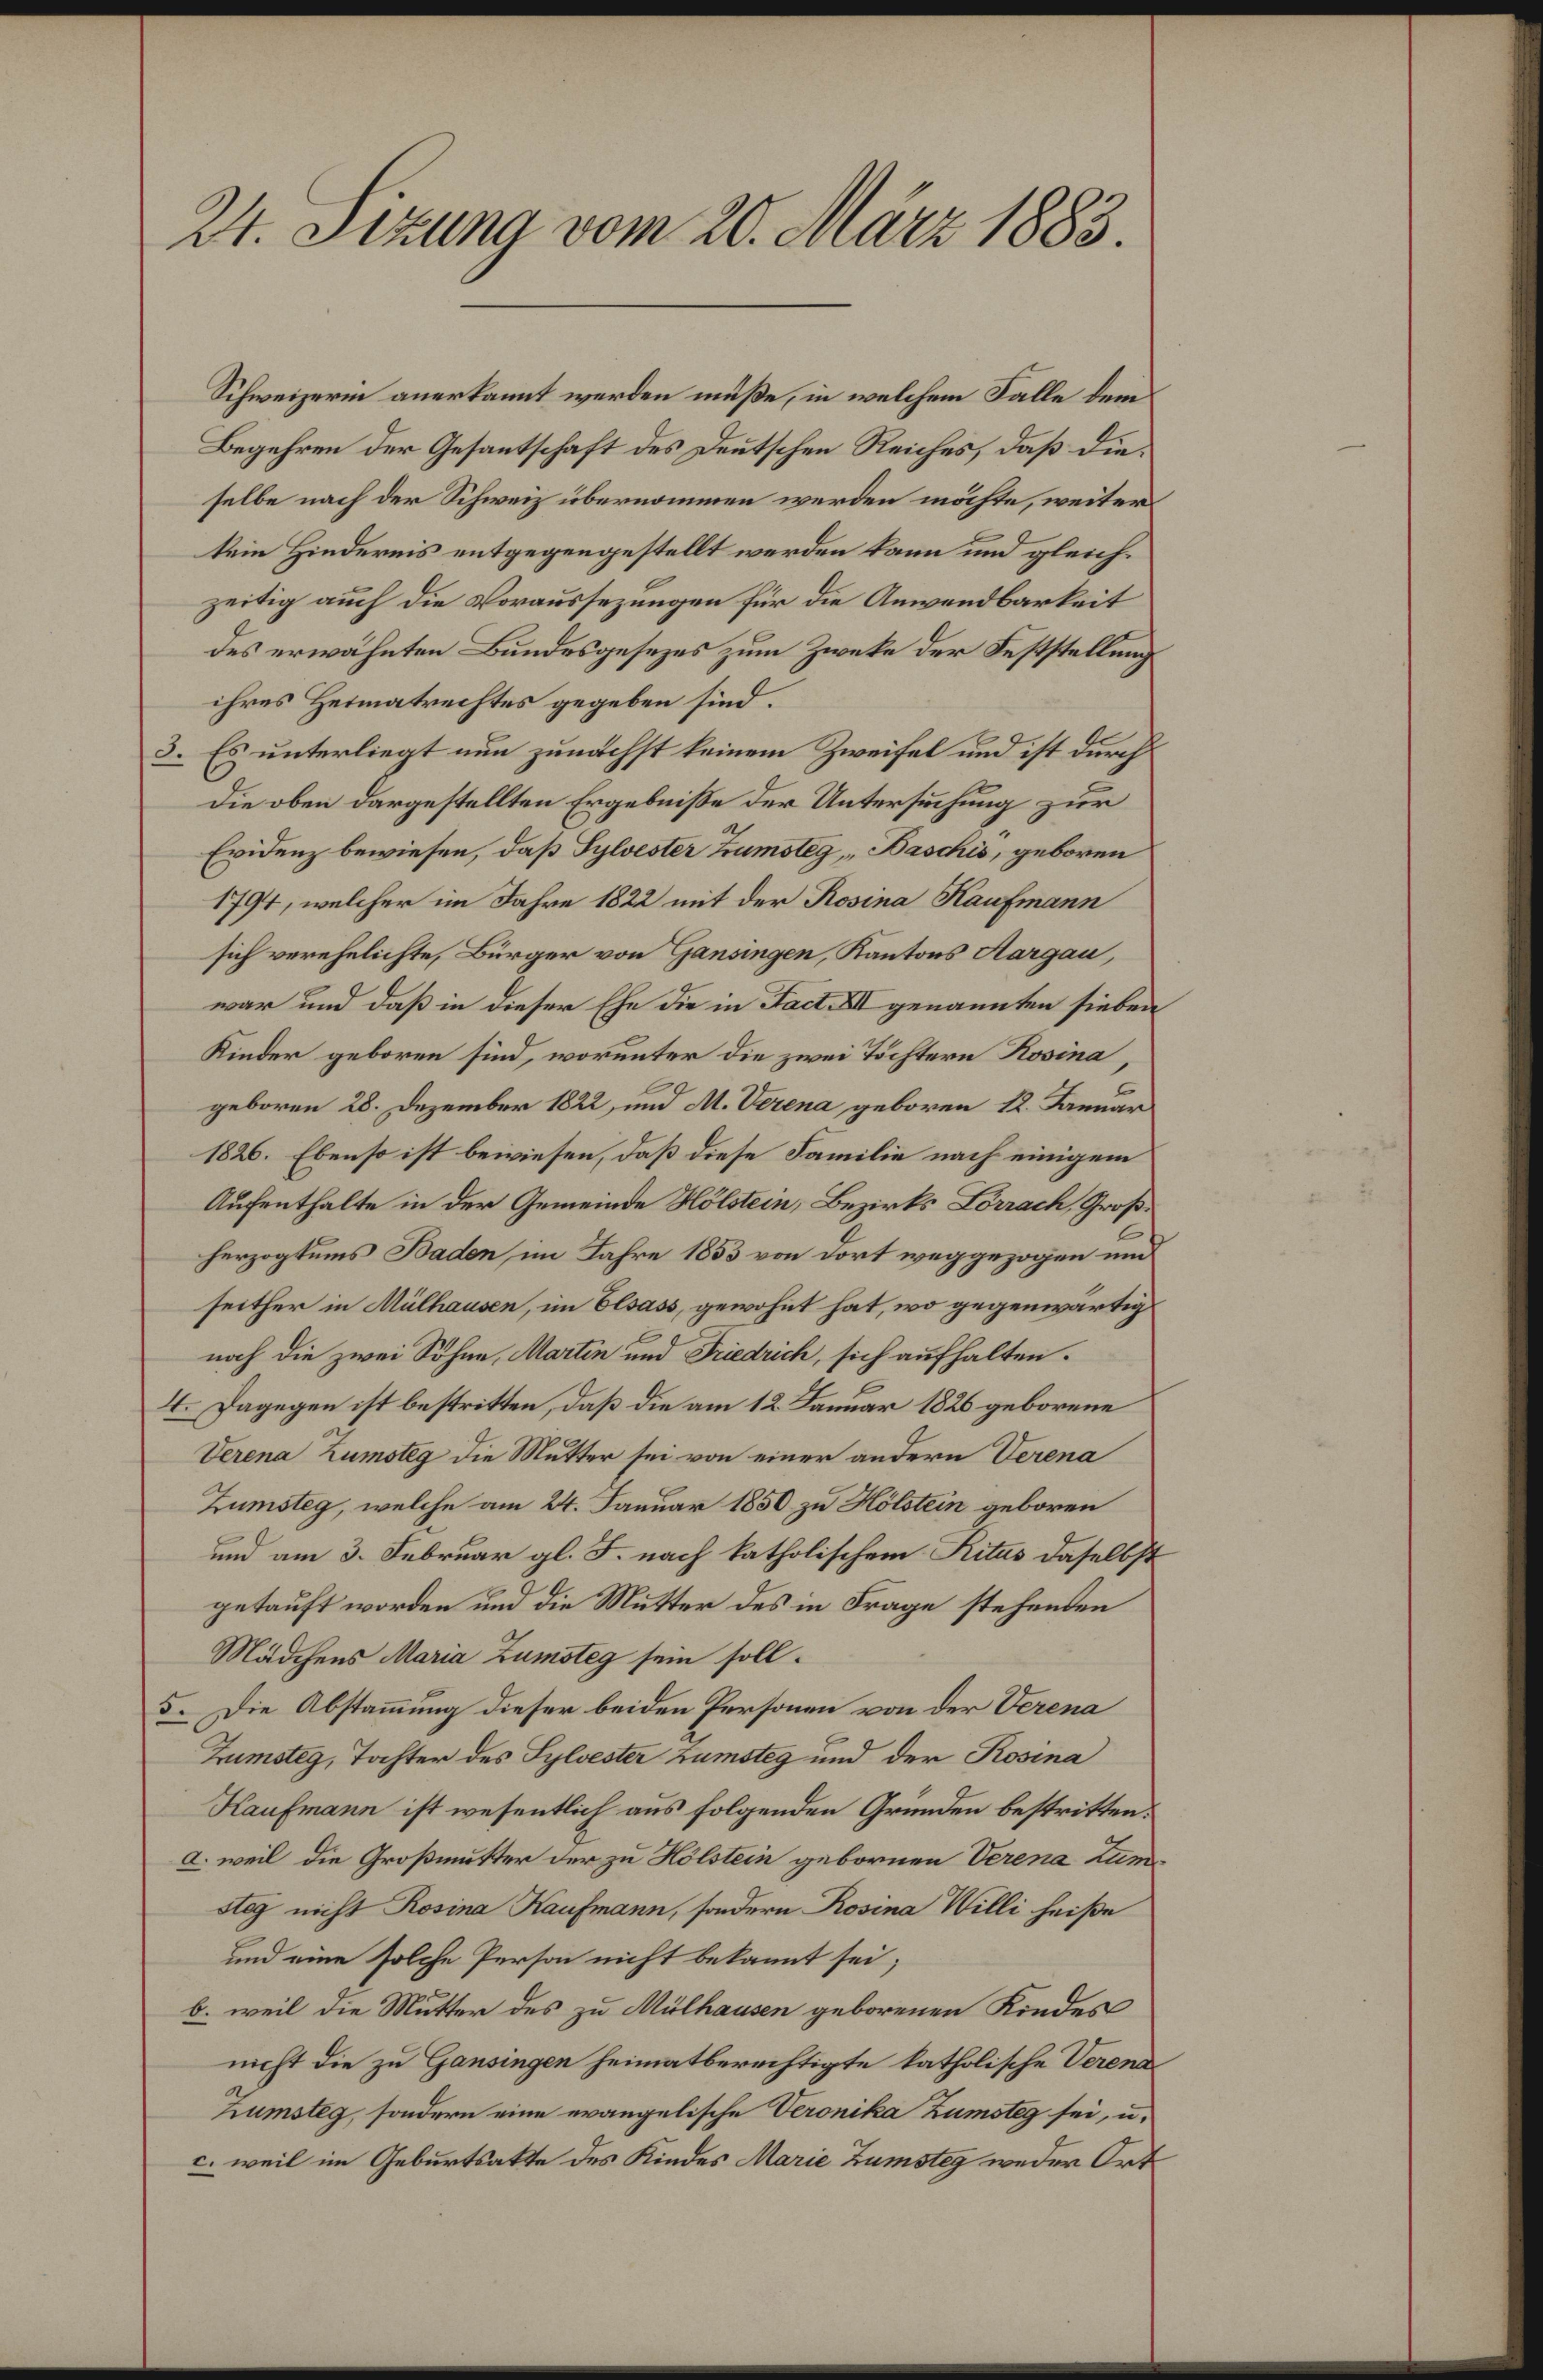
24. Sizung vom 20. März 1883.

Schweizerin anerkannt werden müße, in welchem Falle dem
Begehren der Gesantschaft des Deutschen Reiches, daß dieselbe nach der Schweiz übernommen werden möchte, weiter
kein Hindernis entgegengestellt werden kann und gleichzeitig auch die Voraussezungen für die Anwendbarkeit
des erwähnten Bundesgesezes zum Zwecke der Feststellung
ihres Heimatrechtes gegeben sind.
3. Es unterliegt nun zunächst keinem Zweifel und ist durch
Die oben dargestellten Ergebniße der Untersuchung zur
Evidenz bewiesen, daß Sylvester Trumsteg, Baschis, geboren
1794, welcher im Jahre 1822 mit der Rosina Kaufmann
sich verehelichte, Bürger von Gansingen, Kantons Aargau,
war und daß in dieser Ehe die in Fact. XII genannten sieben¬
Kinder geboren sind, worunter die zwei Töchtern Rosina,
geboren 28. Dezember 1822, und M. Verena geboren 12. Januar
1826. Ebenso ist bewiesen, daß diese Familie nach einigem
Aufenthalte in der Gemeinde Hölstein, Bezirks Lörrach, Großherzogtums Baden im Jahre 1853 von dort weggezogen und
seither in Mülhausen, im Elsass, gewohnt hat, wo gegenwärtig
noch die zwei Söhne, Martin und Friedrich, sich aufhalten.
4. Dagegen ist bestritten, daß die am 12. Januar 1826 geborene
Verena Zumsteg die Mutter sei von einer andern Verena
Zumsteg, welche am 24. Januar 1850 zu Hölstein geboren
und am 3. Februar gl. F. nach katholischem Ritus daselbst
getauft worden und die Mutter des in Frage stehenden
Mädchens Maria Zumsteg sein soll.
5. Die Abstammung dieser beiden Personen von der Verena
Zumsteg, Tochter des Sylvester zumsteg und der Rosina
Kaufmann ist wesentlich aus folgenden Gründen bestritten.
a. weil die Großmutter der zu Hölstein gebornen Verena Zumsteg nicht Rosina Kaufmann, sondern Rosina Willi heiße
und eine solche Person nicht bekannt sei;
b. weil die Mutter des zu Mülhausen geborenen Kindes
nicht die zu Gansingen heimatberechtigte katholische Verena
Zumsteg, sondern eine evangelische Veronika Zumsteg sei, u.
c. weil im Geburtsakte des Kindes Marie Zumsteg weder Ort¬